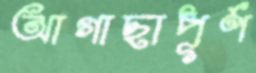
আগাছাপূর্ণ